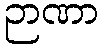
ဉာဏာ